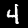
Label: 4